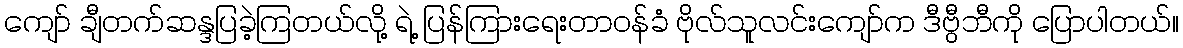
ကျော် ချီတက်ဆန္ဒပြခဲ့ကြတယ်လို့ ရဲ့ ပြန်ကြားရေးတာဝန်ခံ ဗိုလ်သူလင်းကျော်က ဒီဗွီဘီကို ပြောပါတယ်။